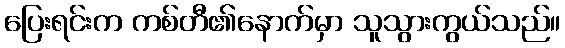
ပြေးရင်းက ကစ်တီ၏နောက်မှာ သူသွားကွယ်သည်။